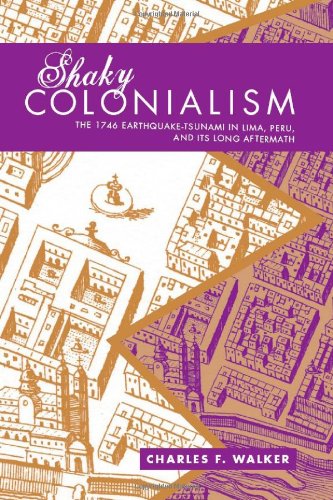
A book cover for Shaky Colonialism: The 1746 Earthquake-Tsunami in Lima, Peru, and Its Long Aftermath (a John Hope Franklin Center Book); Charles F. Walker; Science & Math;